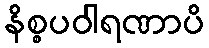
နိစ္စပဝါရဏာပိ